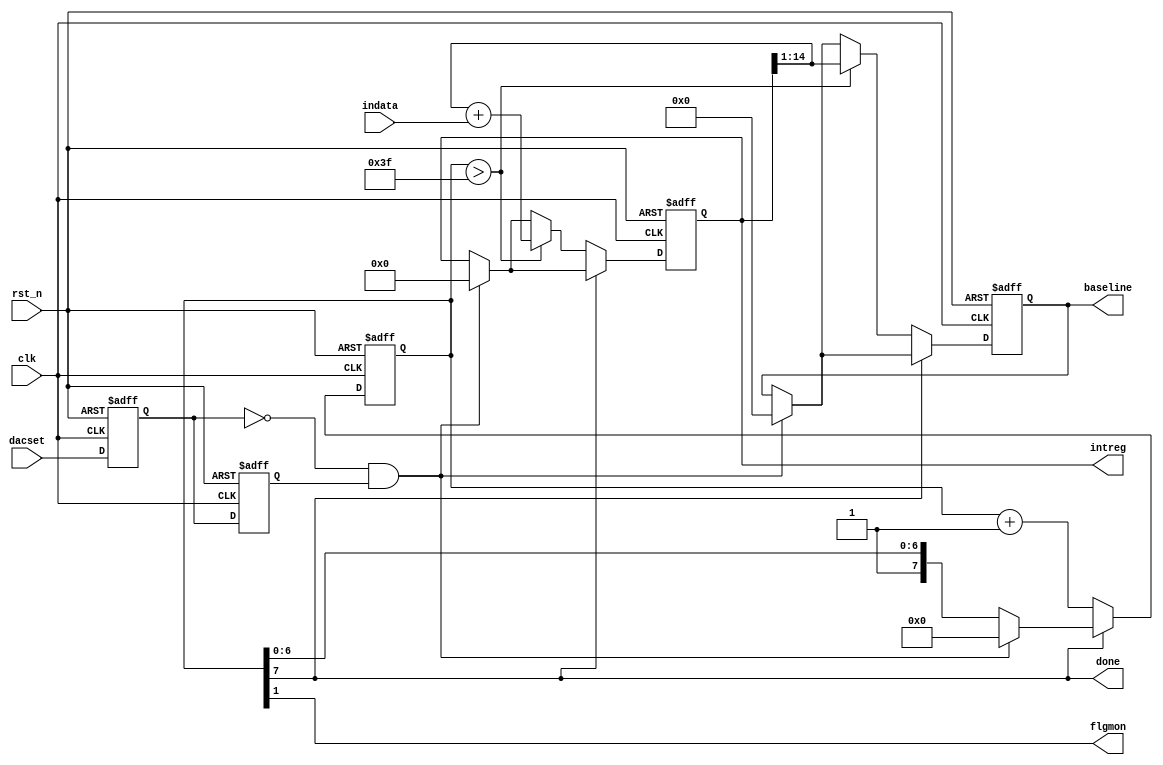
module baseline_mes2 #(parameter LNCLK=2)
(
  input         clk, 
  input         rst_n, 
  input         dacset,
  input  [13:0] indata, 
  output [13:0] baseline, 
  output        done,
  // monitor
  output        flgmon,
  output [14:0] intreg
);
  
  reg        sttmp;
  reg        sttmp2;
  reg [13:0] dtmp;
  reg [14:0] dinner;
  reg [LNCLK+5:0] cnt; 
  
  always @(negedge rst_n or posedge clk) begin 
    if (~rst_n) begin
	   sttmp   <= 1'b0; 
		sttmp2  <= 1'b0;
		dtmp    <= 14'd0;
		dinner  <= 15'd0;
		cnt     <= {(LNCLK+6){1'b0}};
	 end
	 else begin 
	   sttmp  <= dacset; 
		sttmp2 <= sttmp;
		if ( ~sttmp & sttmp2) begin
		  cnt <= {(LNCLK+6){1'b0}};
		  dtmp <= 14'd0;
		  dinner <= 15'd0;
	   end
	   if (cnt[LNCLK+5]==1'b0) begin 
		  cnt <= cnt + 1'b1;
		  if (cnt > 6'b111111) begin 
		    dinner <= dinner[14:1] + indata;
		    dtmp <= dinner[14:1]; 
		  end
		end
	 end
  end
  
  assign baseline = dtmp; 
  
  assign done = (cnt[LNCLK+5]==1'b1);
  
  // monitor
  assign flgmon = (cnt[1]==1'b1);
  assign intreg = dinner;
  
  
endmodule